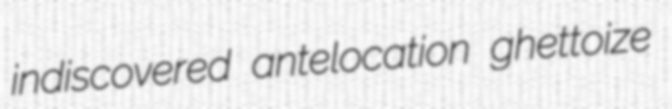
indiscovered antelocation ghettoize